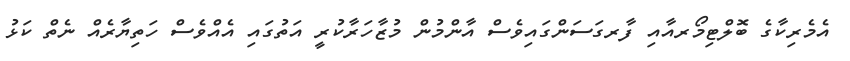
އެމެރިކާގެ ބޮލްޓިމޯރއާއި ފާރގަސަންގައިވެސް އާންމުން މުޒާހަރާކުރީ އަތުގައި އެއްވެސް ހަތިޔާރެއް ނެތް ކަޅު